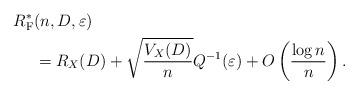
LaTeX: \begin{align*}R^{*}_{{\rm F}} & (n, D, \varepsilon) \\& = R_{X}(D) + \sqrt{\frac{V_{X}(D)}{n}} Q^{-1} (\varepsilon) + O \left( \frac{\log n}{n} \right).\end{align*}